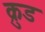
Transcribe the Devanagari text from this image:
क्रुड